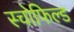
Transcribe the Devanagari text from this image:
स्चोफिल्ड